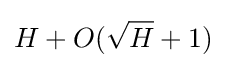
H+O({\sqrt {H}}+1)